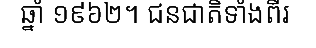
ឆ្នាំ ១៩៦២។ ជនជាតិទាំងពីរ